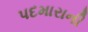
પદમારાની